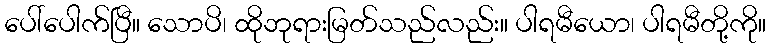
ပေါ်ပေါက်ပြီ။ သောပိ၊ ထိုဘုရားမြတ်သည်လည်း။ ပါရမီယော၊ ပါရမီတို့ကို။